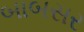
બાબસર